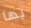
بها